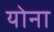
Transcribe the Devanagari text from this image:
योना